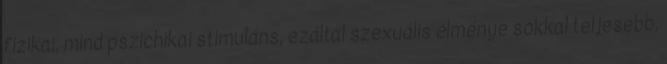
fizikai, mind pszichikai stimuláns, ezáltal szexuális élménye sokkal teljesebb,